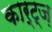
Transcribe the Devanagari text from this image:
कार्ट्ज़